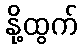
နို့ထွက်